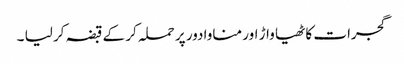
گجرات کاٹھیا واڑ اور مناوادور پر حملہ کر کے قبضہ کر لیا ۔